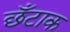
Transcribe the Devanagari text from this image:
छँटाक